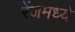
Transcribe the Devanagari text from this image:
रेंजमध्ये